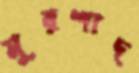
মুরশাদ